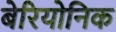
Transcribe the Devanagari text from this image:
बेरियोनिक